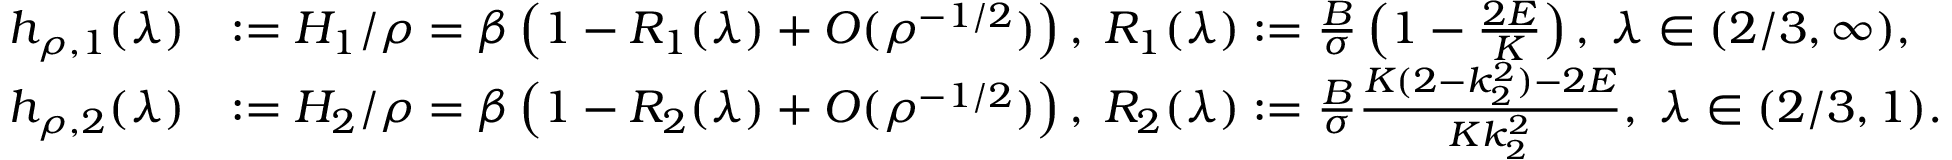
\begin{array} { r l } { h _ { \rho , 1 } ( \lambda ) } & { : = H _ { 1 } / \rho = \beta \left( 1 - R _ { 1 } ( \lambda ) + O ( \rho ^ { - 1 / 2 } ) \right) , \; R _ { 1 } ( \lambda ) : = \frac { B } { \sigma } \left( 1 - \frac { 2 E } { K } \right) , \; \lambda \in ( 2 / 3 , \infty ) , } \\ { h _ { \rho , 2 } ( \lambda ) } & { : = H _ { 2 } / \rho = \beta \left( 1 - R _ { 2 } ( \lambda ) + O ( \rho ^ { - 1 / 2 } ) \right) , \; R _ { 2 } ( \lambda ) : = \frac { B } { \sigma } \frac { K ( 2 - k _ { 2 } ^ { 2 } ) - 2 E } { K k _ { 2 } ^ { 2 } } , \; \lambda \in ( 2 / 3 , 1 ) . } \end{array}